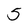
Character: 5